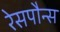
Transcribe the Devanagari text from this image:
रेसपौन्स